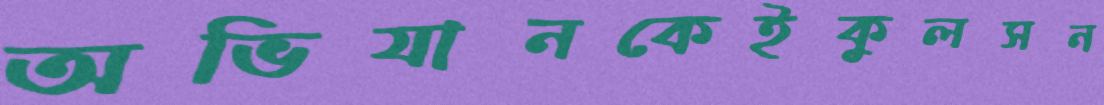
অভিযানকেইকুলসন